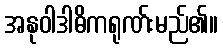
အနုဝါဒါဓိကရုဏ်းမည်၏။